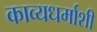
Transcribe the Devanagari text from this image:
काव्यधर्माशी